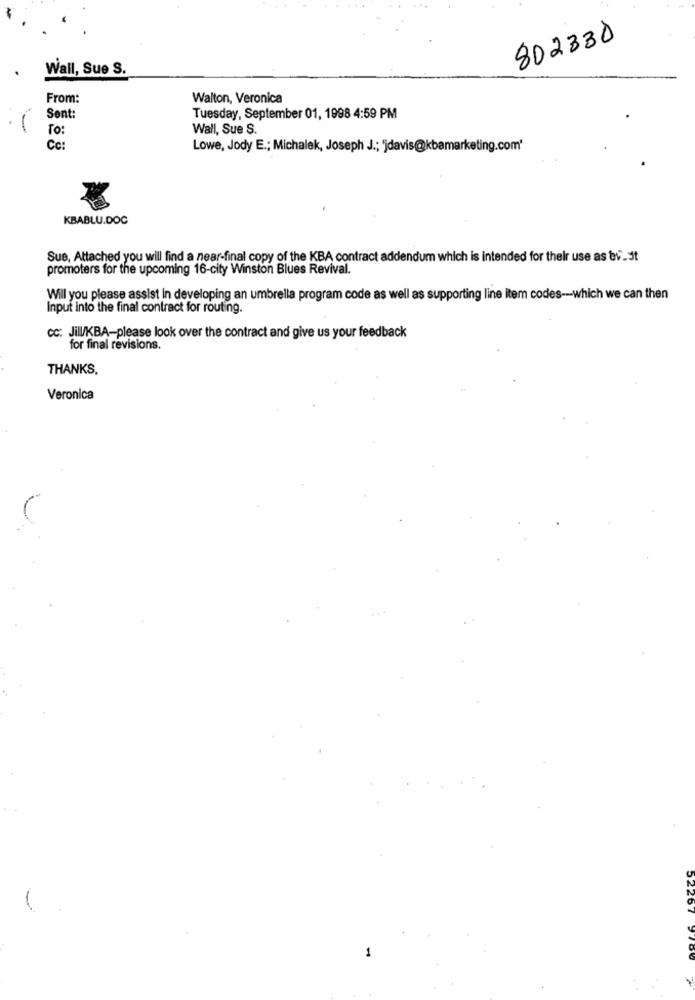
802330
Wall, Sue S.
From:
Walton, Veronica
Sent:
Tuesday, September 01, 1998 4:59 PM
To:
Wall, Sue S.
Cc:
Lowe, Jody E .; Michalek, Joseph J .; 'jdavis@kbamarketing.com'
KBABLU.DOC
Sue, Attached you will find a near-final copy of the KBA contract addendum which is intended for their use as bv.st
promoters for the upcoming 16-city Winston Blues Revival.
Will you please assist In developing an umbrella program code as well as supporting line item codes -- which we can then
Input into the final contract for routing.
cc: Jill/KBA-please look over the contract and give us your feedback
for final revisions.
THANKS,
Veronica